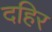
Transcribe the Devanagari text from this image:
दहिर